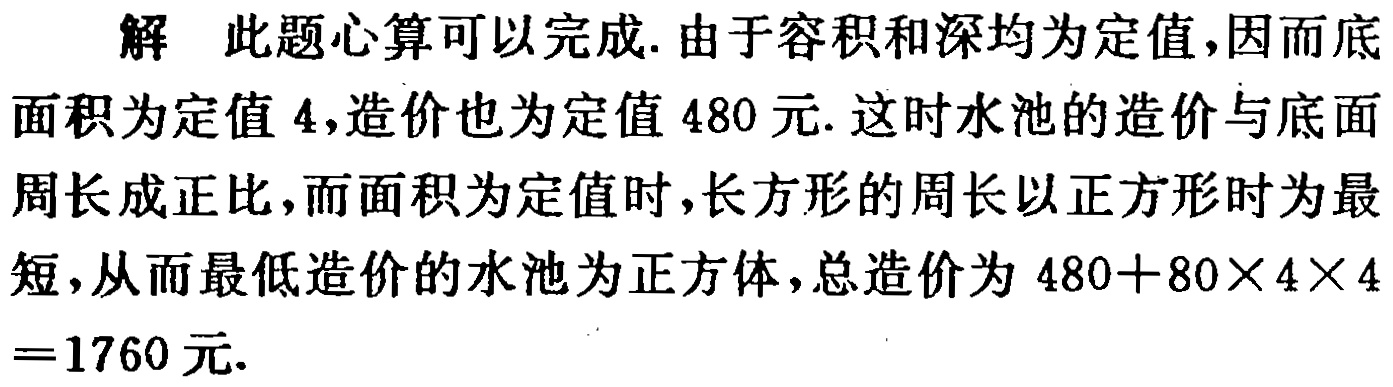
解 此题心算可以完成. 由于容积和深均为定值,因而底面积为定值 \(4\),造价也为定值 \(480\)元. 这时水池的造价与底面周长成正比,而面积为定值时,长方形的周长以正方形时为最短,从而最低造价的水池为正方体,总造价为 \(480 + 80\times4\times4=1760\)元.